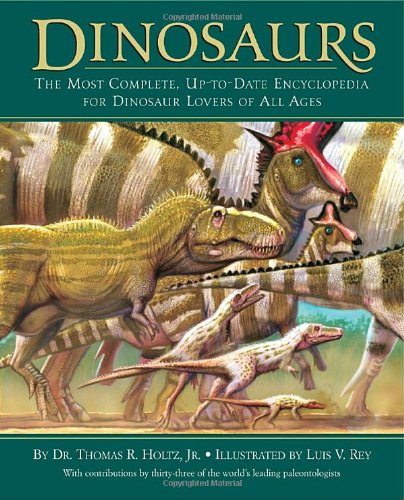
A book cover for Dinosaurs: The Most Complete, Up-to-Date Encyclopedia for Dinosaur Lovers of All Ages; Dr. Thomas R. Holtz Jr.; Reference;